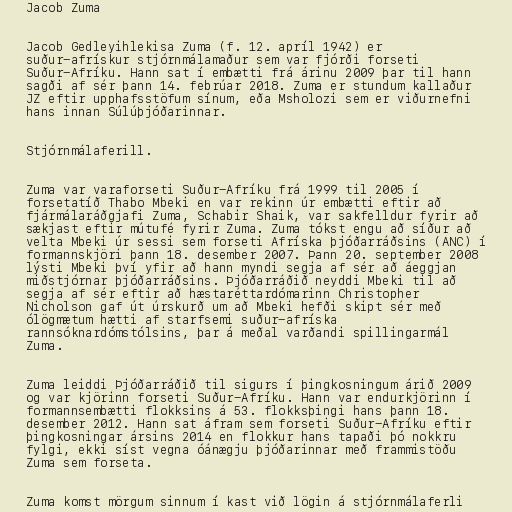
Jacob Zuma

Jacob Gedleyihlekisa Zuma (f. 12. apríl 1942) er
suður-afrískur stjórnmálamaður sem var fjórði forseti
Suður-Afríku. Hann sat í embætti frá árinu 2009 þar til hann
sagði af sér þann 14. febrúar 2018. Zuma er stundum kallaður
JZ eftir upphafsstöfum sínum, eða Msholozi sem er viðurnefni
hans innan Súlúþjóðarinnar.

Stjórnmálaferill.

Zuma var varaforseti Suður-Afríku frá 1999 til 2005 í
forsetatíð Thabo Mbeki en var rekinn úr embætti eftir að
fjármálaráðgjafi Zuma, Schabir Shaik, var sakfelldur fyrir að
sækjast eftir mútufé fyrir Zuma. Zuma tókst engu að síður að
velta Mbeki úr sessi sem forseti Afríska þjóðarráðsins (ANC) í
formannskjöri þann 18. desember 2007. Þann 20. september 2008
lýsti Mbeki því yfir að hann myndi segja af sér að áeggjan
miðstjórnar þjóðarráðsins. Þjóðarráðið neyddi Mbeki til að
segja af sér eftir að hæstaréttardómarinn Christopher
Nicholson gaf út úrskurð um að Mbeki hefði skipt sér með
ólögmætum hætti af starfsemi suður-afríska
rannsóknardómstólsins, þar á meðal varðandi spillingarmál
Zuma.

Zuma leiddi Þjóðarráðið til sigurs í þingkosningum árið 2009
og var kjörinn forseti Suður-Afríku. Hann var endurkjörinn í
formannsembætti flokksins á 53. flokksþingi hans þann 18.
desember 2012. Hann sat áfram sem forseti Suður-Afríku eftir
þingkosningar ársins 2014 en flokkur hans tapaði þó nokkru
fylgi, ekki síst vegna óánægju þjóðarinnar með frammistöðu
Zuma sem forseta.

Zuma komst mörgum sinnum í kast við lögin á stjórnmálaferli